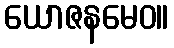
ယောဇနမေဝ။